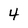
Character: 4